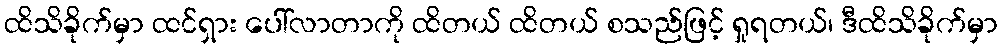
ထိသိခိုက်မှာ ထင်ရှား ပေါ်လာတာကို ထိတယ် ထိတယ် စသည်ဖြင့် ရှုရတယ်၊ ဒီထိသိခိုက်မှာ